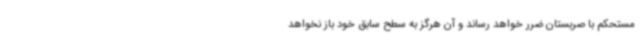
مستحکم با صربستان ضرر خواهد رساند و آن هرگز به سطح سابق خود باز نخواهد